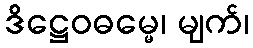
ဒိဋ္ဌေဝဓမ္မေ၊ မျက်၊